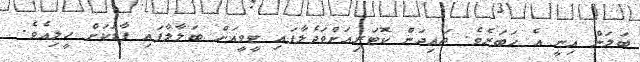
ބަލަން އިނީ އެ ޚަބަރެވެ. ޖައިދަން ކޮޓަރިއަށްވަދެލާފައި ޓީވީއަށް ބަލާލާފައި ފާޑަކަށް ހީލިއެވެ.